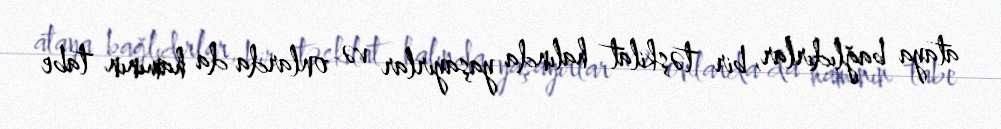
ataya bağlıdırlar, bir təşkilat halında yaşayırlar və onlarda da hamının tabe